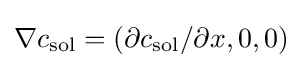
\nabla c_{\text{sol}}=(\partial c_{\text{sol}}/\partial x,0,0)